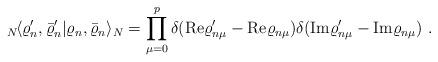
LaTeX: \begin{align*}{}_N\!\langle \varrho'_{n},\bar{\varrho}'_{n}| \varrho_{n},\bar{\varrho}_{n}\rangle_N = \prod_{\mu=0}^{p} \delta(\mathrm{Re}\varrho'_{n\mu}-\mathrm{Re}\varrho_{n\mu}) \delta(\mathrm{Im}\varrho'_{n\mu}-\mathrm{Im}\varrho_{n\mu})~.\end{align*}